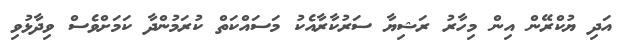
އަދި ޔުކްރޭން އިން މިހާރު ރަޝިޔާ ސަރުކާރާއެކު މަސައްކަތް ކުރަމުންދާ ކަމަށްވެސް ވިދާޅުވި